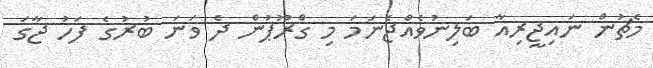
މެޗުން ނައިޖީރިއާ ބަލިނުވެއްޖެނަމަ މި ގްރޫޕުން ދެ ވަނަ ބުރުގެ ފަހު ޖާގަ